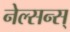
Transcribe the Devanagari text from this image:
नेल्सन्स्